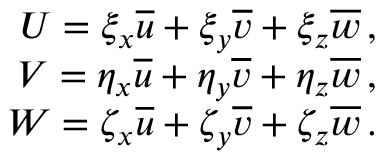
\begin{array} { r } { { U = \xi _ { x } \overline { { u } } + \xi _ { y } \overline { { v } } + \xi _ { z } \overline { { w } } \, \mathrm { , } } } \\ { { V = \eta _ { x } \overline { { u } } + \eta _ { y } \overline { { v } } + \eta _ { z } \overline { { w } } \, \mathrm { , } } } \\ { { W = \zeta _ { x } \overline { { u } } + \zeta _ { y } \overline { { v } } + \zeta _ { z } \overline { { w } } \, \mathrm { . } } } \end{array}